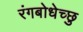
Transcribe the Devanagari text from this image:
रंगबोधेच्छु